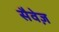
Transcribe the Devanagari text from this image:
सैवेज़